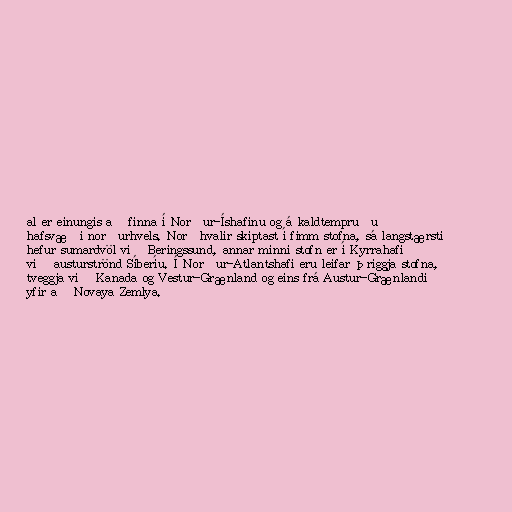
al er einungis að finna í Norður-Íshafinu og á kaldtempruðu
hafsvæði norðurhvels. Norðhvalir skiptast í fimm stofna, sá langstærsti
hefur sumardvöl við Beringssund, annar minni stofn er í Kyrrahafi
við austurströnd Síberíu. Í Norður-Atlantshafi eru leifar þriggja stofna,
tveggja við Kanada og Vestur-Grænland og eins frá Austur-Grænlandi
yfir að Novaya Zemlya.